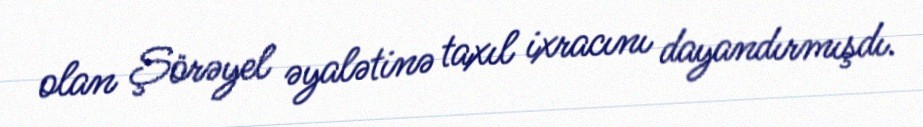
olan Şörəyel əyalətinə taxıl ixracını dayandırmışdı.